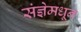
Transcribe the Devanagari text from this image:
संज्ञेमधून